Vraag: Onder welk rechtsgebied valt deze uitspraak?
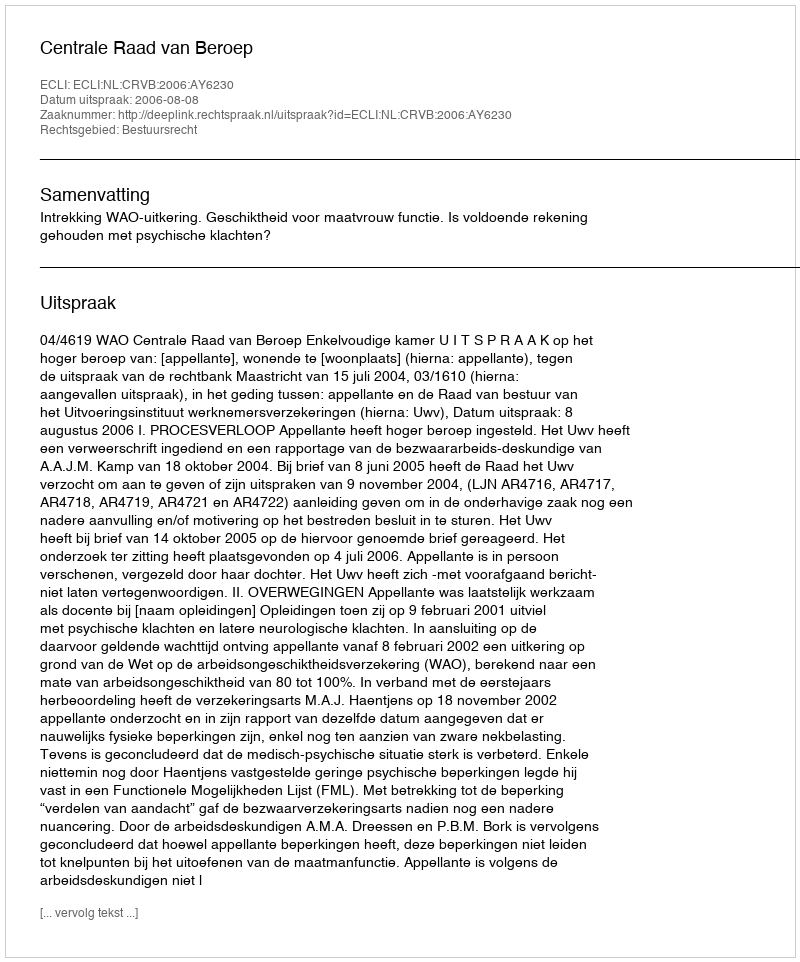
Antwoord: Bestuursrecht